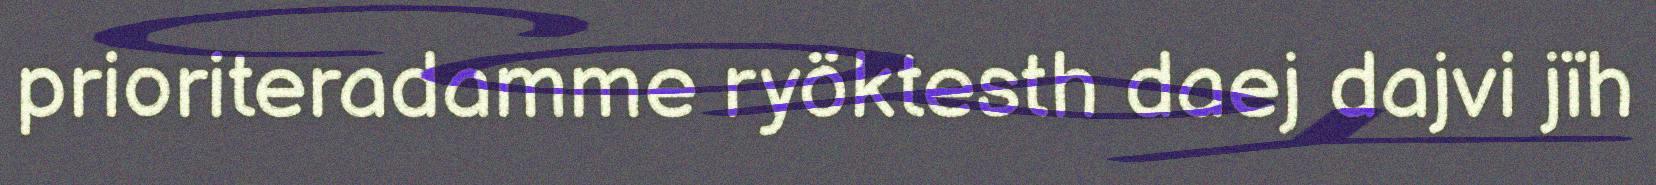
prioriteradamme ryöktesth daej dajvi jïh